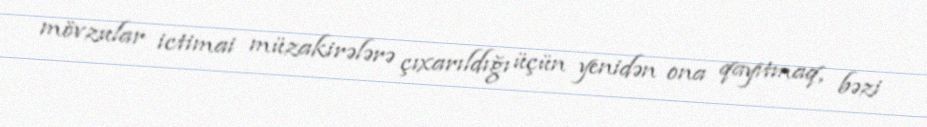
mövzular ictimai müzakirələrə çıxarıldığı üçün yenidən ona qayıtmaq, bəzi